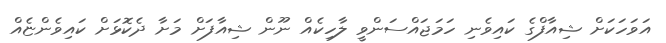
އަވަހަކަށް ޝިއާފްގެ ކައިވެނި ހަމަޖައްސަންވީ ލާހިކެއް ނޫން ޝިއާފަށް މަށާ ދެކޮޅަށް ކައިވެންޏެއް